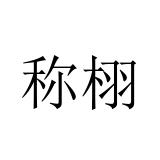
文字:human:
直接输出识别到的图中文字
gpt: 称栩